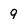
Character: 9